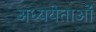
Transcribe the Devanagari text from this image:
अध्ययेताओं